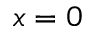
x = 0